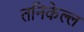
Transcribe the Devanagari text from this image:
तनिकेल्ल